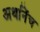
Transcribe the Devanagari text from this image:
अर्थानेंच